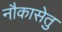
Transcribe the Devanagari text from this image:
नौकासेतु